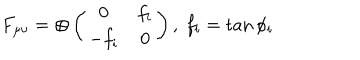
LaTeX: F _ { \mu \nu } = \oplus \left( \begin{matrix} { { 0 } } & { { f _ { i } } } \\ { { - f _ { i } } } & { { 0 } } \\ \end{matrix} \right) , ~ f _ { i } = \tan { \phi _ { i } }